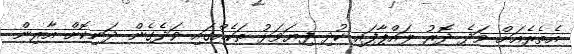
އެތެރެއަށް ވަދެ ދޮރު ލައްޕާފައި ކުދި ފިޔަވަޅު ތަކެއްގައި ވަދެގެން ދަނިކޮށް އާރިން